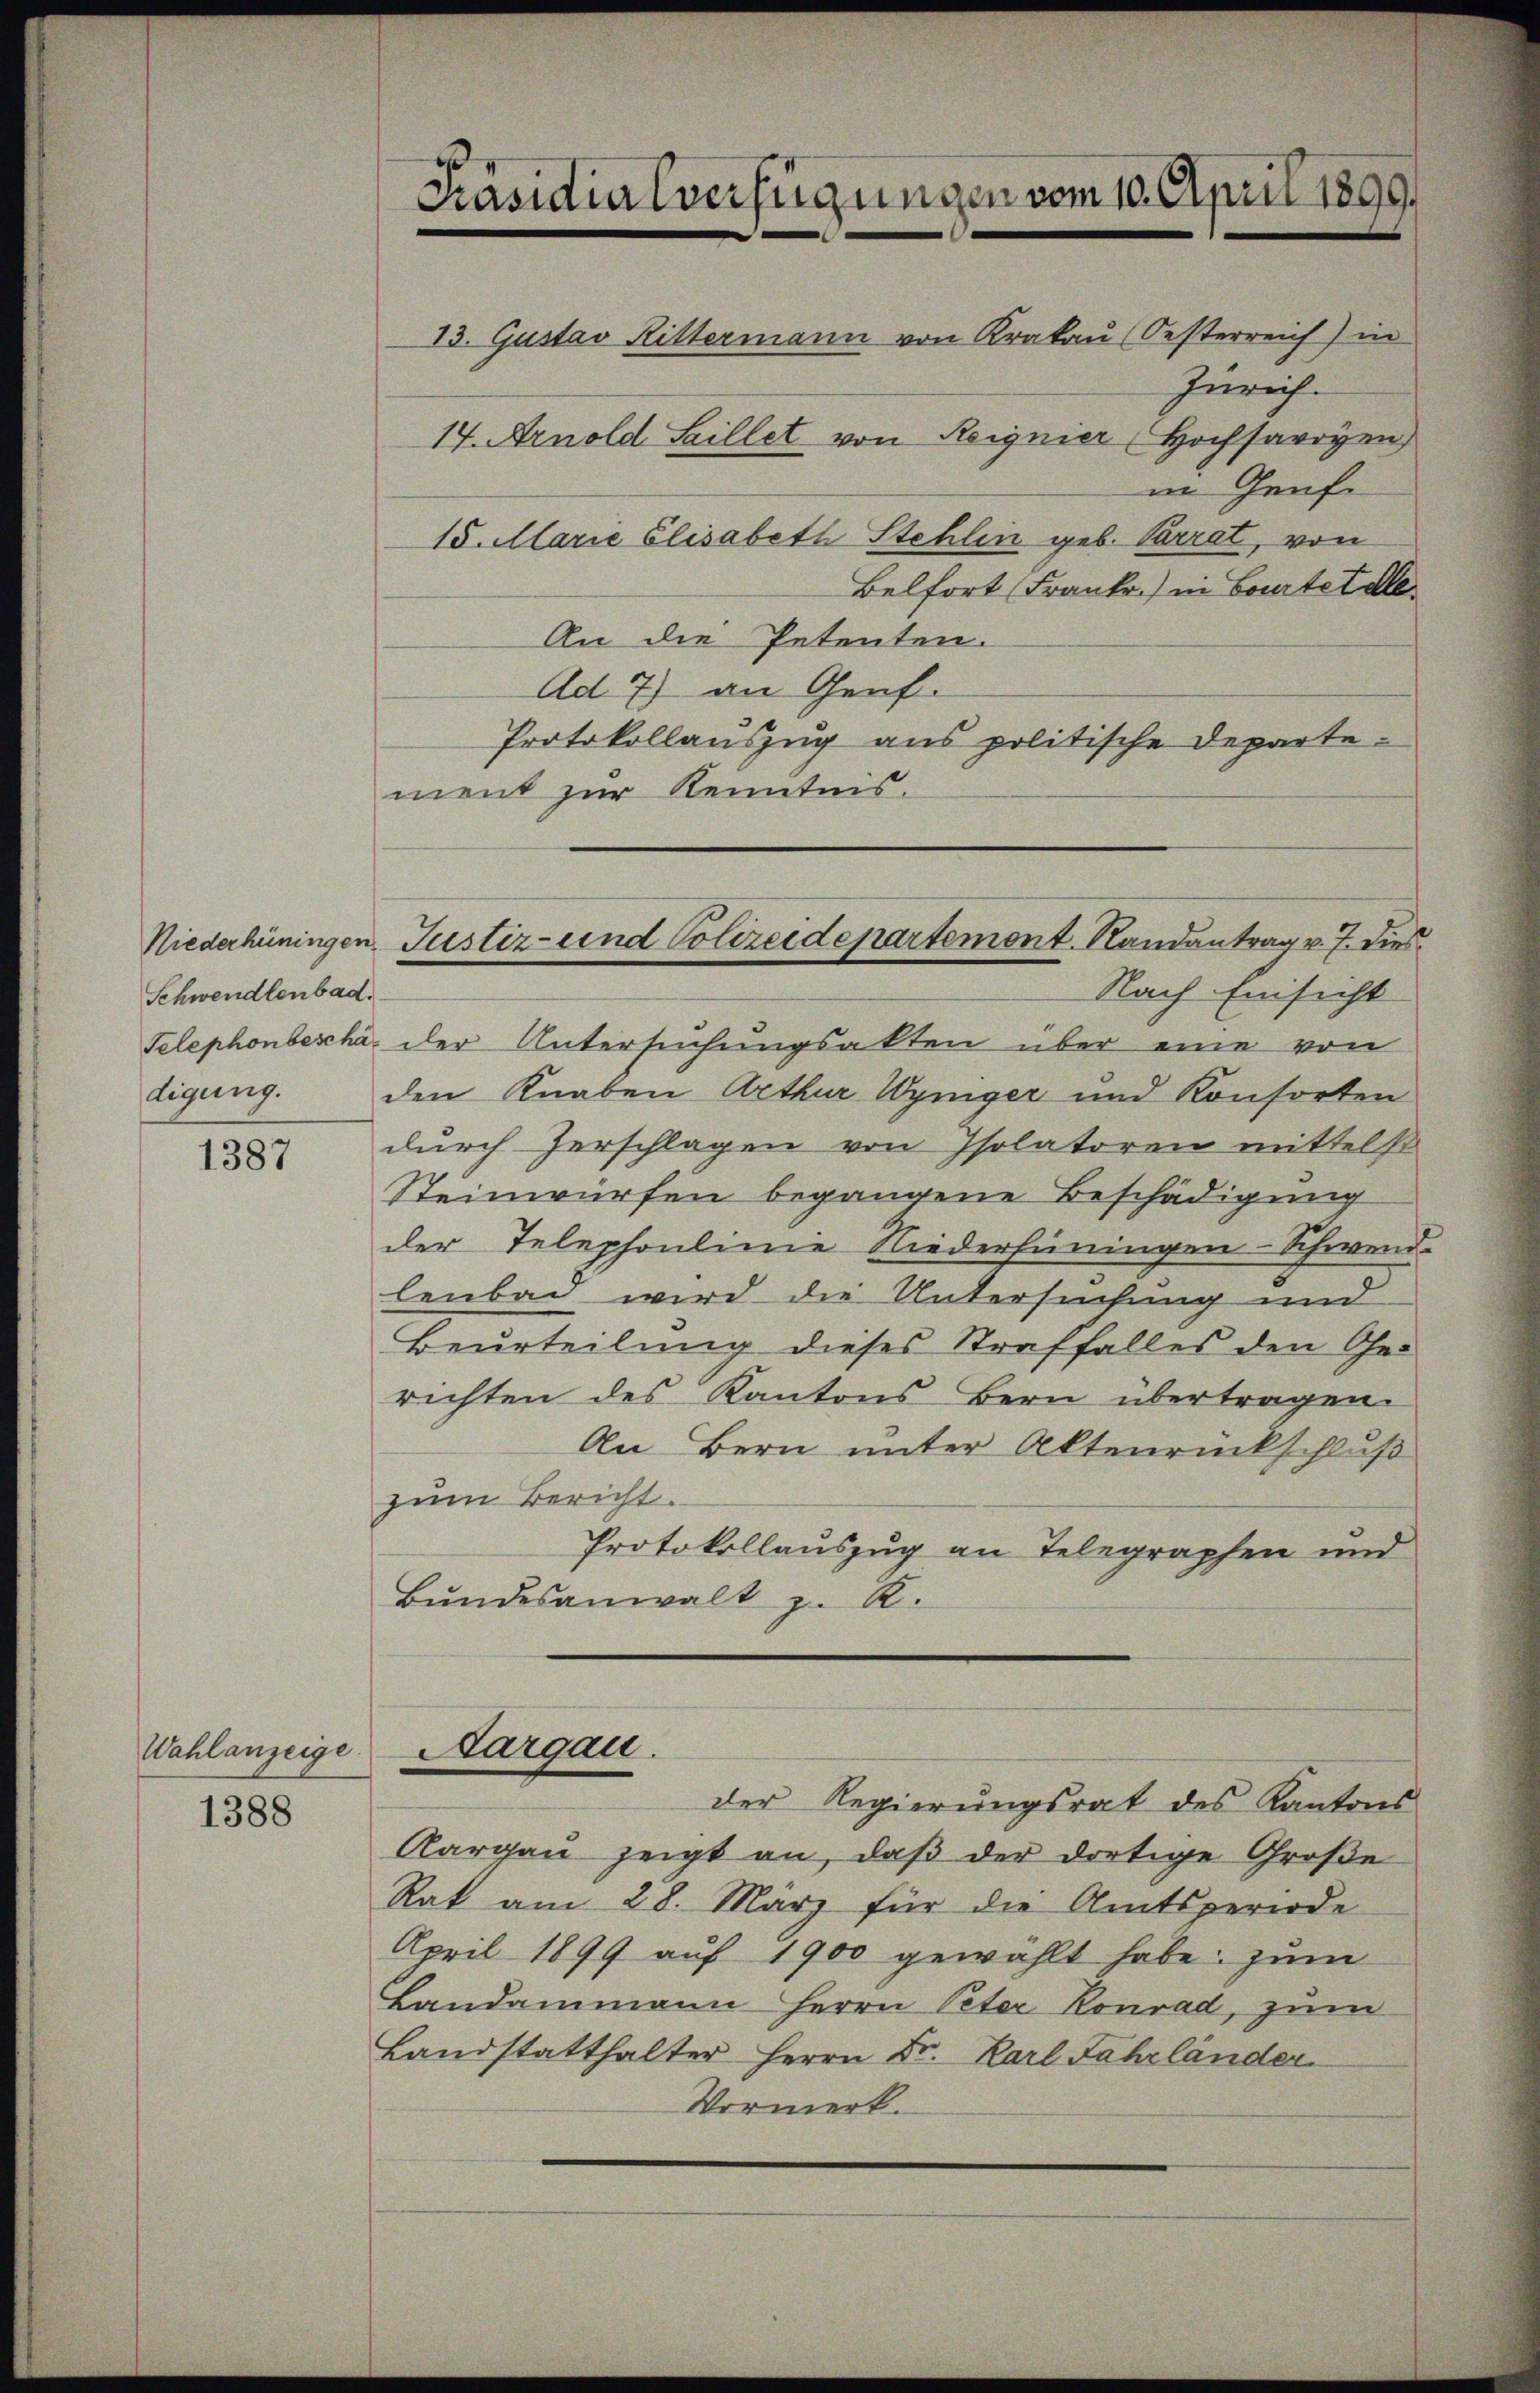
Schwendtenbad.
Telephonbeschädigung.

1387

Wahlanzeige.

1388

Präsidialverfügungen vom 10. April 1899.
13. Gustav Rittermann von Krakau (Oesterreich) in
Zürich.
17. Arnold Saillet von Reignier (Hochsavoyen
in Genfe

15. Marie Elisabeth Stehlin geb. Perrat, von
Belfort (Frank.) in Courtet de
An die Petenten.
Ad 7) an Genf.
Protokollauszug aus politische Departement zur Kenntnis.
der Untersuchungsakten über eine von
den Knaben Arthur Wyniger und Konsorten
durch herschlagen von Isolatoren mittelst
Steinwürfen begangene Beschädigung
der Telephonlinie Niederhiningen-Schwei
lenbad wird die Untersuchung und
Beurteilung dieses Straffalles den Gerichten des Kantons Bern übertragen.
An Bern unter Aktenrückschluß
zum Bericht.
Protokollauszug an Telegraphen und
Bŭndesanwalt z. R.
Aargau.
der Regierungsrat des Kantons
Aargau zeigt an, daβ der dortige Große
Rat am 28. März für die Amtsperiode
April 1899 auf 1900 gewählt habe; zum
Landammann Herrn Peter Konrad, zum
Landstatthalter Herrn Dr. Karl Fahrländer
Vormerk.

Niederhüningen Justiz- und Polizeidepartemont. Randantrag v. 7. dies
Nach Einsicht